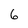
Character: 6